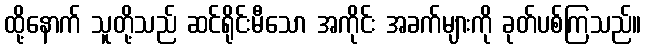
ထို့နောက် သူတို့သည် ဆင်ရိုင်းမီသော အကိုင်း အခက်များကို ခုတ်ပစ်ကြသည်။